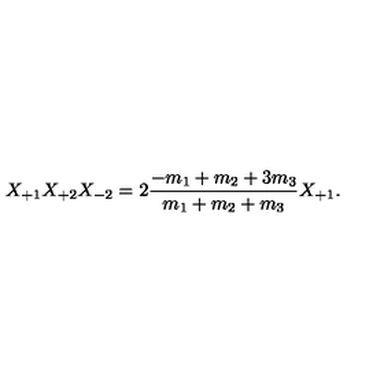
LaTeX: X _ { + 1 } X _ { + 2 } X _ { - 2 } = 2 \frac { - m _ { 1 } + m _ { 2 } + 3 m _ { 3 } } { m _ { 1 } + m _ { 2 } + m _ { 3 } } X _ { + 1 } .